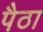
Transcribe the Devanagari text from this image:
पैठा